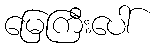
မြေကြီးပေါ်